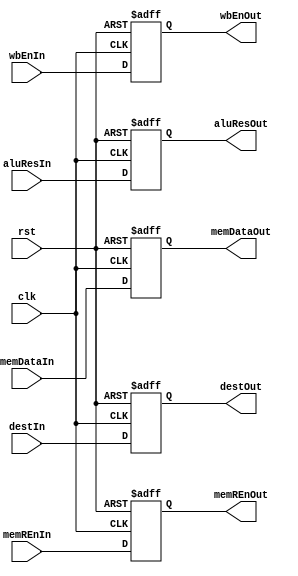
module Stage_MEM_to_WB_Register(
    input clk, rst,
    input wbEnIn, memREnIn,
    input [31:0] aluResIn, memDataIn,
    input [3:0] destIn,
    output reg wbEnOut, memREnOut,
    output reg [31:0] aluResOut, memDataOut,
    output reg [3:0] destOut
);
    always@(posedge clk, posedge rst) begin
        if(rst) begin
            {wbEnOut, memREnOut} <= 2'd0;
            {aluResOut, memDataOut} <= 64'd0;
            destOut <= 4'd0;
        end else begin
            {wbEnOut, memREnOut} <= {wbEnIn, memREnIn};
            {aluResOut, memDataOut} <= {aluResIn, memDataIn};
            destOut <= destIn;
        end
    end
endmodule